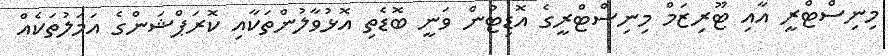
މިނިސްޓްރީ އާއި ޓޫރިޒަމް މިނިސްޓްރީގެ އޮޑިޓުން ވަނީ ބޮޑެތި އޮޅުވާލުންތަކާއި ކޮރަޕްޝަންގެ އަމަލުތަކެއް